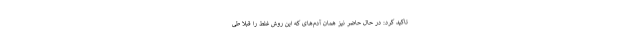
تاکید کرد: در حال حاضر نیز همان آدم‌های که این روش غلط را قبلا طی